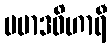
ပမာဒဝိဟာရီ